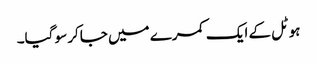
ہوٹل کے ایک کمرے میں جاکر سو گیا۔